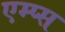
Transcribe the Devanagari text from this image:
एम्प्स